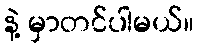
နဲ့ မှာတင်ပါမယ်။